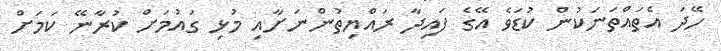
ހޭދަ އެތައްތަނަކުން ކުޑަވެ އޭގެ ފައިދާ ރައްޔިތުންނަށާއި މުޅި ގައުމަށް ކުރާނޭ ކަމަށް